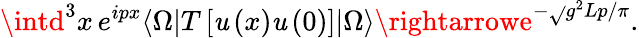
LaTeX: \intd^{3}x\, e^{ipx}\langle\Omega|T\left[\mathit{u}\left(x\right)\mathit{u}\left(0\right)\right]|\Omega\rangle\rightarrowe^{-\sqrt{}{{g^{2}Lp/\pi}}}.